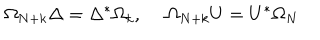
\Omega _ { N + k } \Delta = \Delta ^ { * } \Omega _ { k } , ~ ~ \Omega _ { N + k } U = U ^ { * } \Omega _ { N }